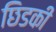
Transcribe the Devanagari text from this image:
छिडकी